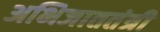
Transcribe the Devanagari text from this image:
अभिजाततंत्री